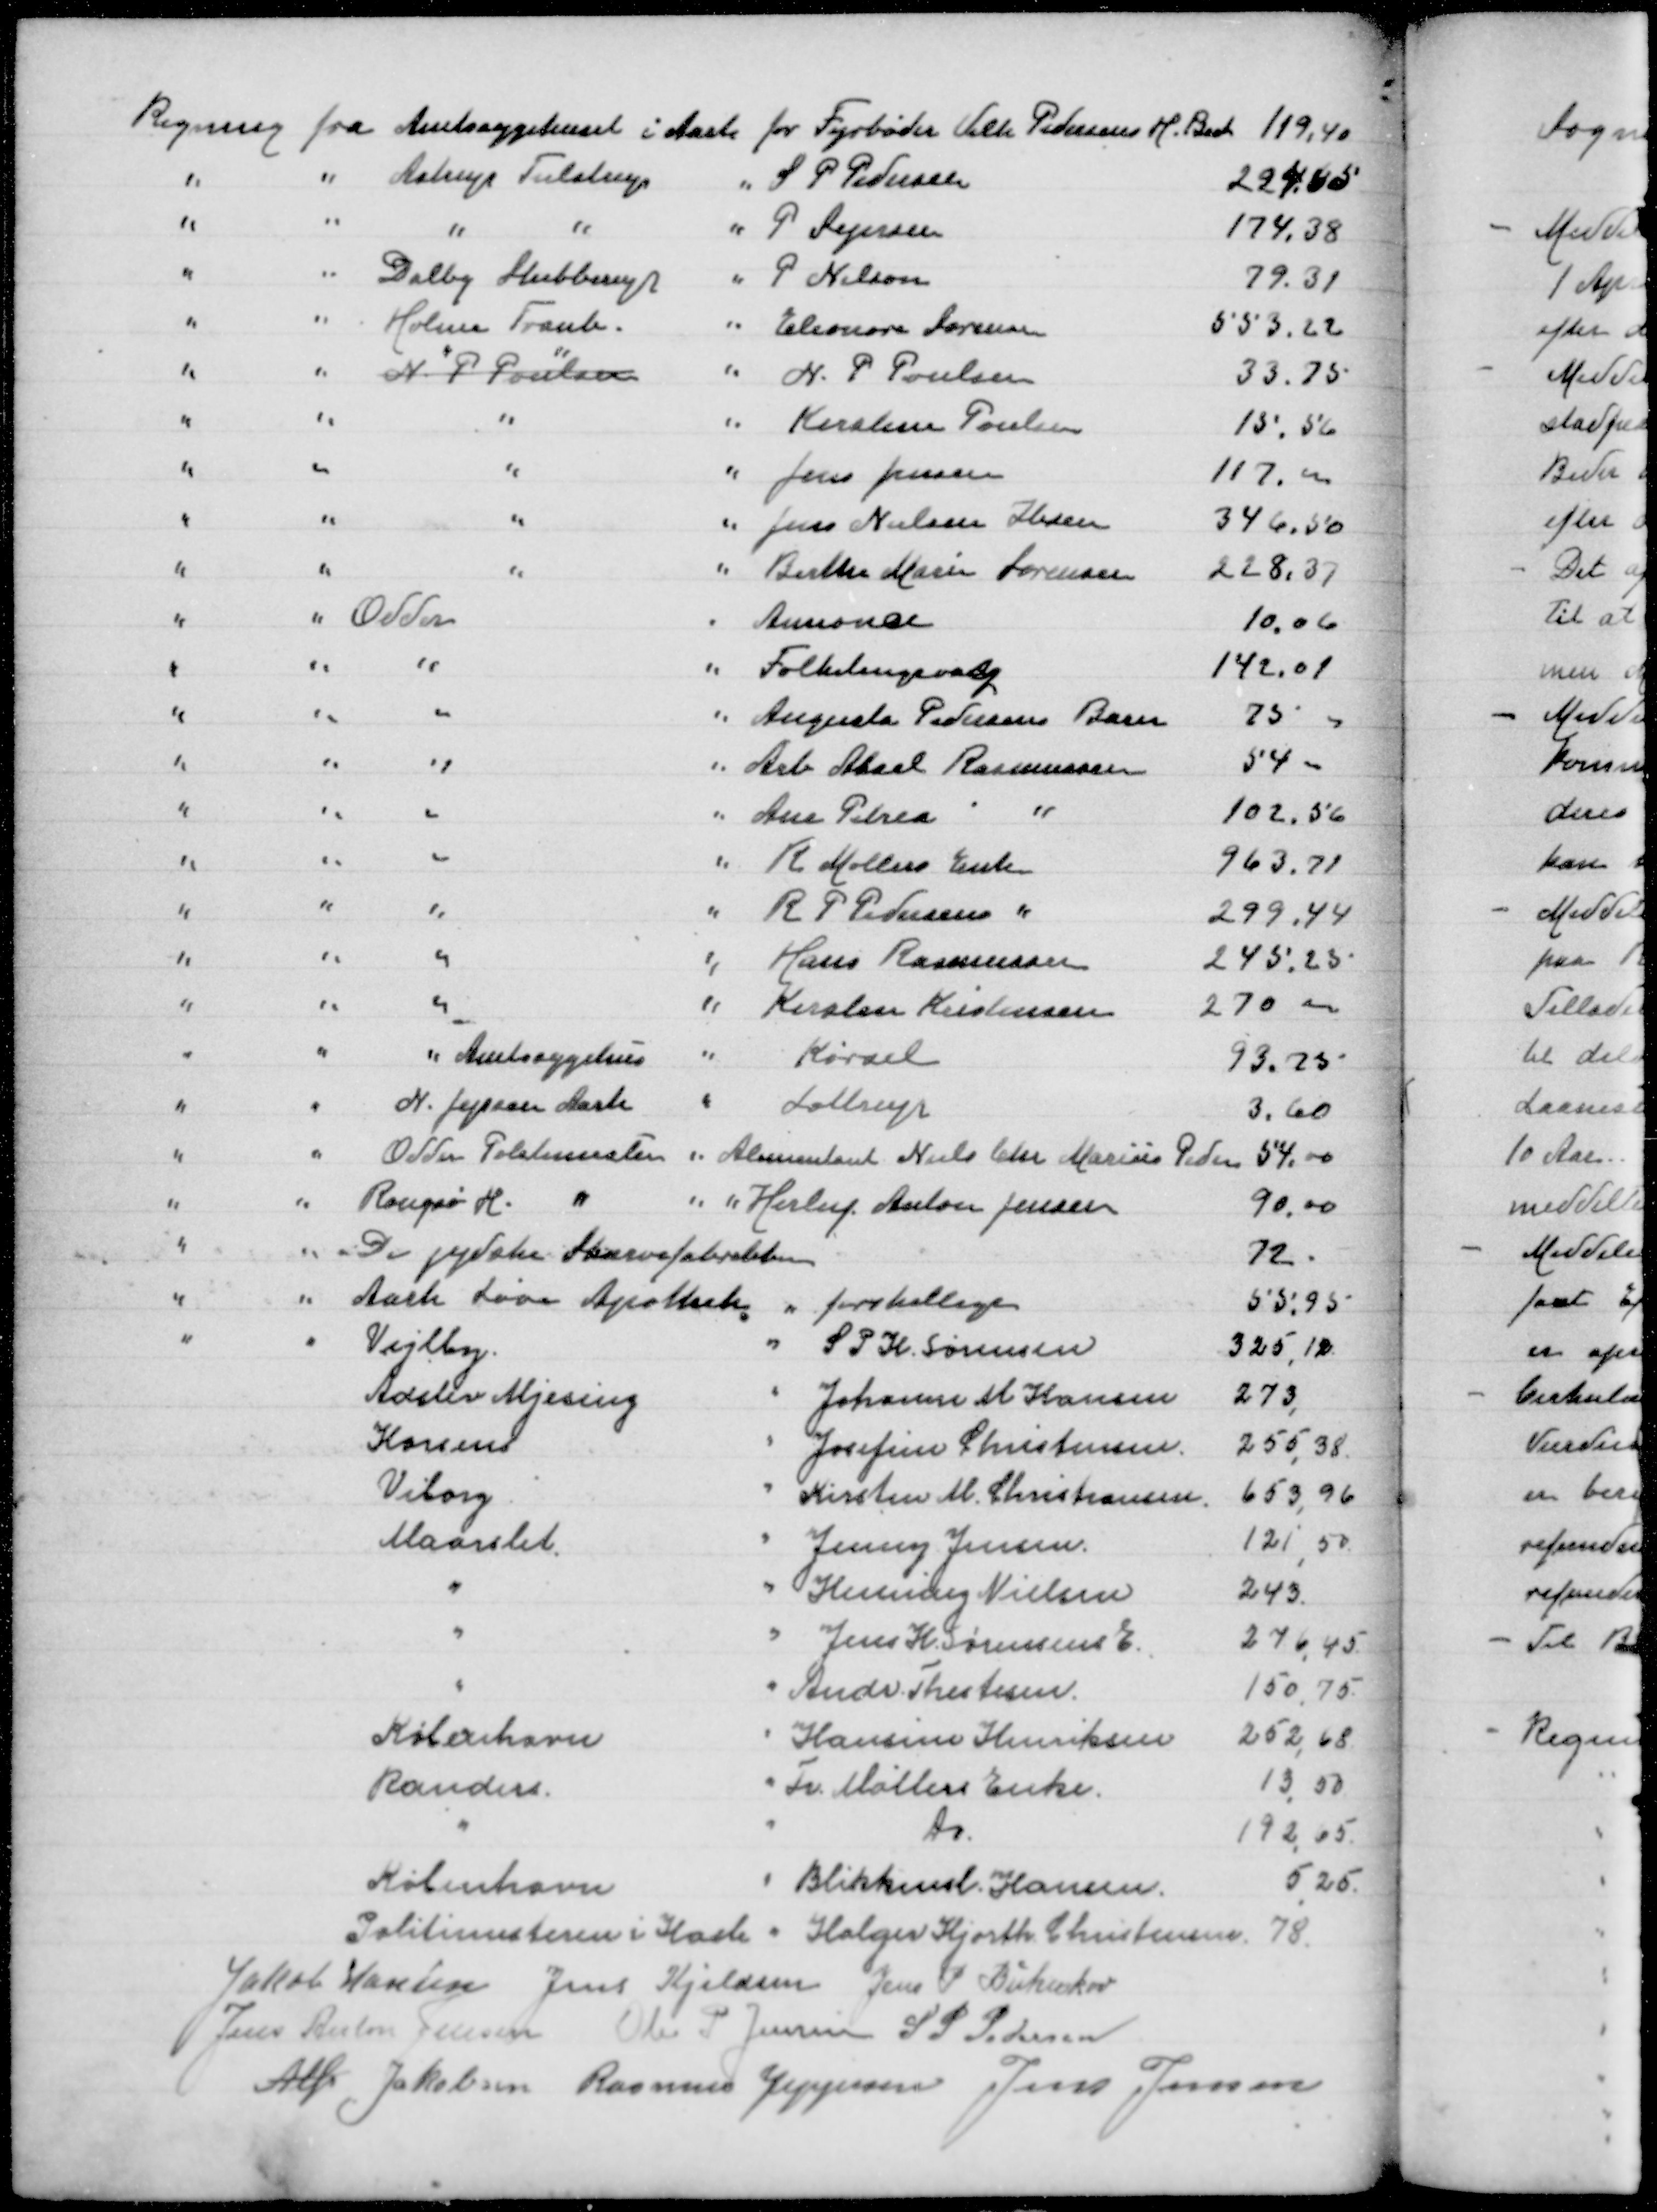
Transskription:
Regning fra Amtssygehuset i Aarh for Fyrbøder Vilh Pedersen H Beck
119,40
" " Astrup Tulstrup " S P Pedersen
224,65
" " " " " P Sejersen
174,38
" " Dalby Stubberup " P Nilson
79,31
" " Holme Tranb " Eleonora Sørensen
553,22
" " N P Poulsen " N P Poulsen
33,73
" " " " Kirstine Poulsen
15,56
" " " " Jens Jensen
117,00
" " " " Jens Nielsen Ibsen
346,50
" " " " Birthe Marie Sørensen
228,37
" " Odder " Annonce
10,06
" " " " Folketingsvalg
142,01
" " " " Augusta Pedersens Barn
75,00
" " " " Arb Aksel Rasmussen
54,00
" " " " Ane Petrea "
102,56
" " " " K Møllers Enke
963,71
" " " " R P Pedersens "
299,44
" " " " Hans Rasmussen
245,25
" " " " Kirsten Kristensen
270,00
" " " Amtssygehus " Kørsel
93,25
" " N Jepsen Aarh " Lottrup
3,60
" " Odder Politimester for Alimentant Niels Chr Marius Pedersen
54,00
" " Rougsø H " " " Herluf Anton Jensen
90,00
" " De jydske Skærvefabrikker
72
" " Aarh Løve Apothek " forskellige
55,95
" " Vejlby " S P H Sørensen
325,12
Adslev Mjesing " Johanne M Hansen
273
Horsens " Josefine Christensen
255,38
Viborg " Kirsten M Christiansen
653,96
Maarslet " Jenny Jensen
121,50
" " Henning Nielsen
243
" " Jens H Sørensens E
276,45
" " Andr Thestesen
150,75
København " Hansine Henriksen
252,68
Randers " Fr Nøllers Enke
13,50
" " Do
192,65
København " Blikkensl Hansen
525
Politimesteren i Hasle " Holger Hjorth Christensen
78
Jakob Hansen
Jens Kjeldsen
Jens P Birkeskov
Jens Anton Jensen
Ole P Jensen
S P Pedersen
Alfr Jakobsen
Rasmus Jeppesen
Jens Jensen